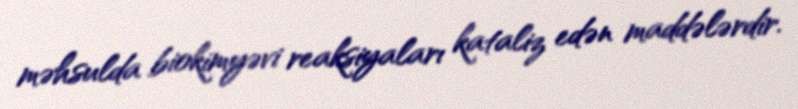
məhsulda biokimyəvi reaksiyaları kataliz edən maddələrdir.